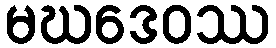
မဃဒေဝဿ